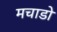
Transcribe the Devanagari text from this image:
मचाडो